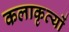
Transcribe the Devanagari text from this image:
कलाकृत्यों